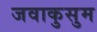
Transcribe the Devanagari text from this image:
जवाकुसुम